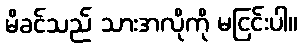
မိခင်သည် သားအလိုကို မငြင်းပါ။